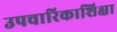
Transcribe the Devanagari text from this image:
उपचारिकाशिक्षा